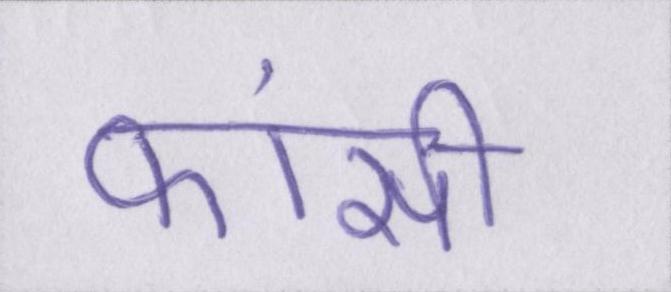
फांसी